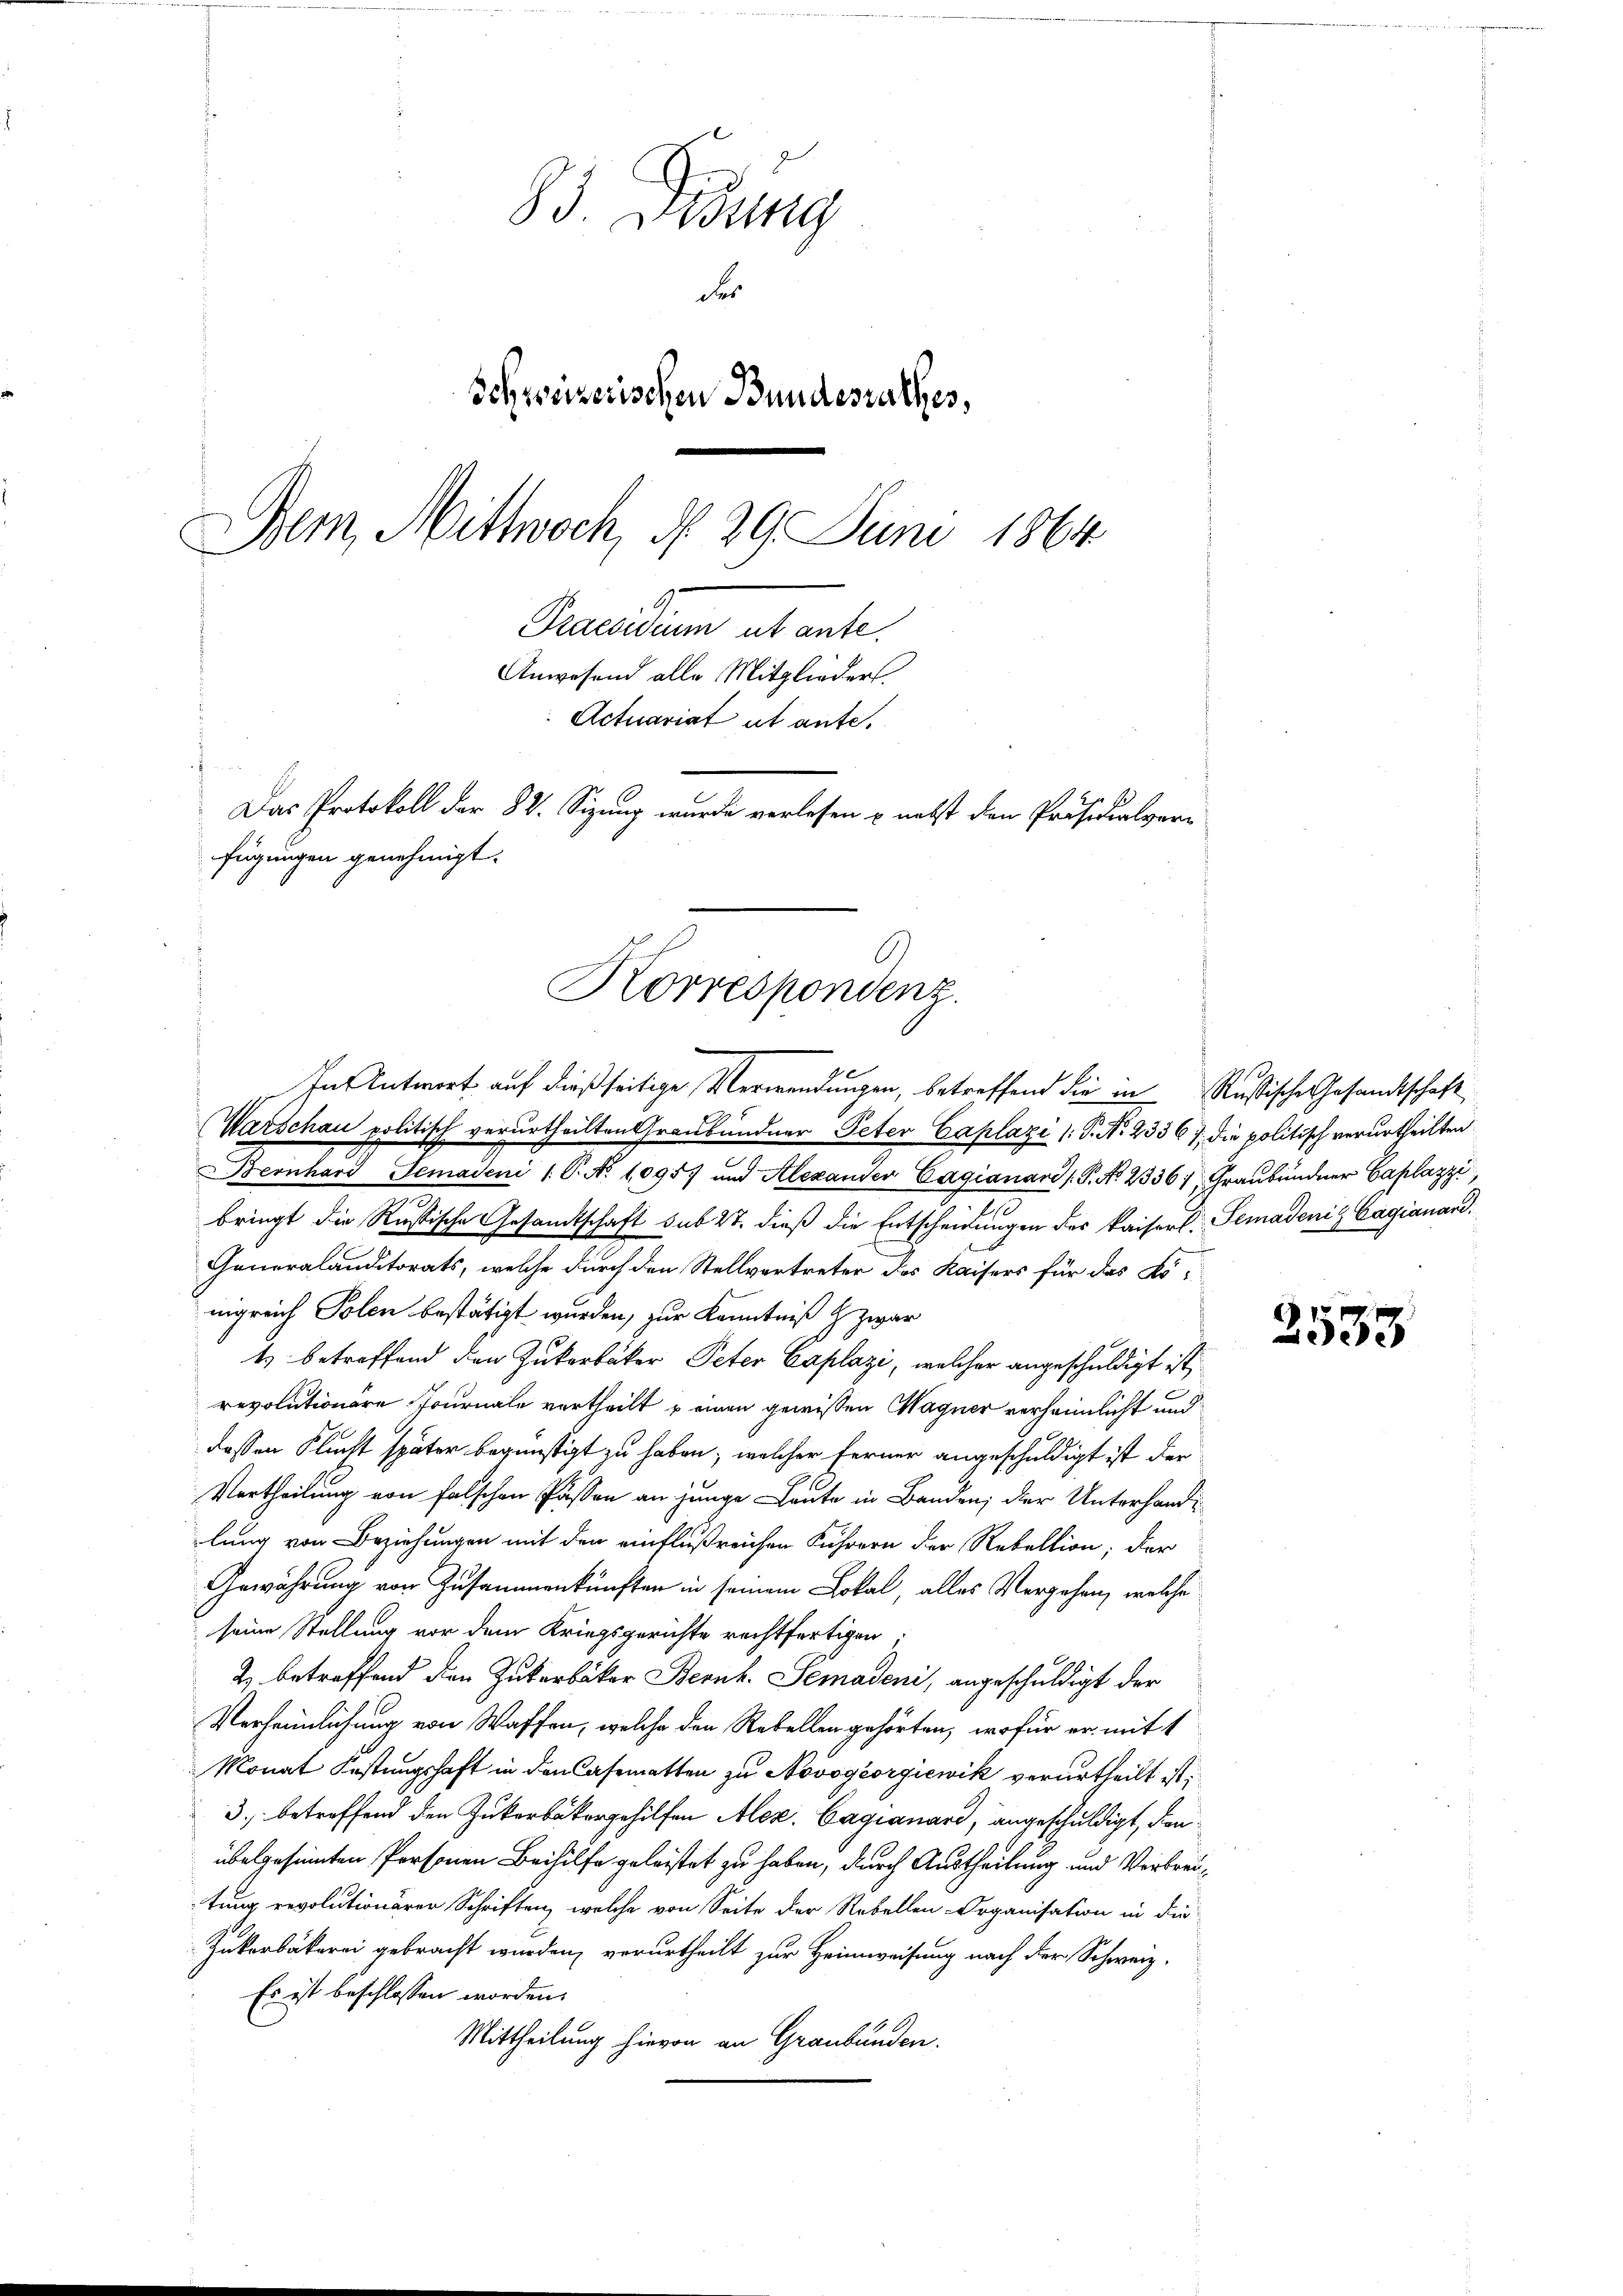
83. Desing
des
Schweizerischen Bundesrathes,
e
Dem Mittwoch, d. 29. Juni 1864
Pacidum et ente.
Anwesend alle Mitglieder.
Actuariat ut ante.
Das Protokoll der 82. Sizung wurde verlesen u. nebst den Präsidialverfügungen genehmigt.

Korrespondenz.
In Antwort auf dießseitige Verwendungen, betreffend die in Rußische Gesandtschaft

(Warschau politisch verurtheilten Graubündner Peter Caplazi /: P. Nr. 233 67 die politisch verurtheilten
Bernhard Gemaden 1. P. No 10957 und Alexander Cagianard (S. No. 2336; Graubündner Caplazzi,
bringt die Russische Gesandtschaft sub 27. dieß die Entscheidungen des kaiserl. Temadeniz Cagianard
Generalanditorats, welche durch den Stellvertreter des Kaisers für das Königreich Polen bestätigt wurden, zur Kenntniß zwar
t betreffend den Zukerbäker Peter Caplazi, welcher angeschuldigt ist,
revolutionäre Journale vertheilt u einen gewissen Wagner verheimlicht und
dessen Flucht später begünstigt zu haben, welcher ferner angeschuldigt ist der
Vertheilung von falschen Pässen an junge Leute in Banden; der Unterhande
lung von Beziehungen mit den einflußreichen Führern der Rekeltion; der
Gewährung von Zusammenkünften in seinem Lokal, alles Vergehen, welche
seine Stellung vor dem Kriegsgerichte rechtfertigen.
2) betreffend den Zukerbäker Bernk. Semadeni, angeschuldigt der
Verheimlichung von Waffen, welche den Rebellen gehörten, wofür er mit 1
Monat Festungshaft in den Casematten zu Novogeorgiewik verurtheilt ist,
3. betreffend den Zukerbakorgehilfen Alex. Cagianard, angeschuldigt, danübelgesinnten Personen Beihilfe geleistet zu haben, durch Austheilung und Verbreitung revolutionärer Schriften, welche von Seite der Rebellen Organisation in die
Zukerbäckerei gebracht wurden, verurtheilt zur Heimweisung nach der Schweiz.
Es ist beschlossen worden.
Mittheilung hievon an Graubünden.

2533